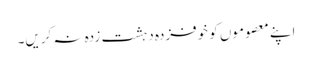
اپنے معصوموں کو خوفزدہ دہشت زدہ نہ کریں۔